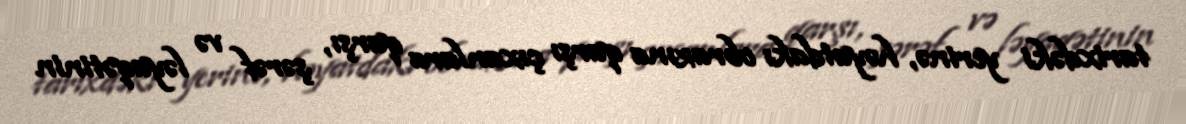
tarixdəki yerinə, həyatdakı obrazına qarşı çıxanlara qarşı, şərəf və ləyaqətinin